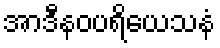
အာဒီနဝပရိယေသနံ